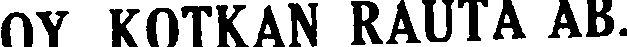
OY KOTKAN RAUTA AB.